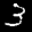
Label: 3